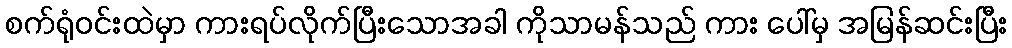
စက်ရုံဝင်းထဲမှာ ကားရပ်လိုက်ပြီးသောအခါ ကိုသာမန်သည် ကား ပေါ်မှ အမြန်ဆင်းပြီး